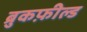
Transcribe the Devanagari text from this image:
ब्रुकफ़ील्ड